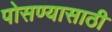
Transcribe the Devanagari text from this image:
पोसण्यासाठी